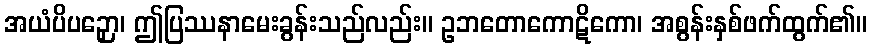
အယံပိပဉှော၊ ဤပြဿနာမေးခွန်းသည်လည်း။ ဥဘတောကောဋိကော၊ အစွန်းနှစ်ဖက်ထွက်၏။